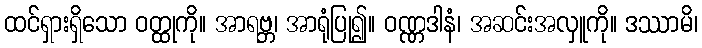
ထင်ရှားရှိသော ဝတ္ထုကို။ အာရဗ္ဘ၊ အာရုံပြု၍။ ဝဏ္ဏဒါနံ၊ အဆင်းအလှူကို။ ဒဿာမိ၊